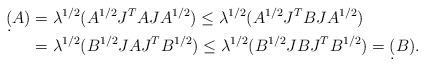
LaTeX: \begin{align*}\d(A)&=\lambda^{1/2}(A^{1/2}J^TAJA^{1/2})\le\lambda^{1/2}(A^{1/2}J^TBJA^{1/2}) \\&=\lambda^{1/2}(B^{1/2}JAJ^TB^{1/2})\le\lambda^{1/2}(B^{1/2}JBJ^TB^{1/2})=\d(B).\end{align*}